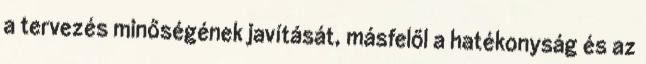
a tervezés minőségének javítását, másfelől a hatékonyság és az